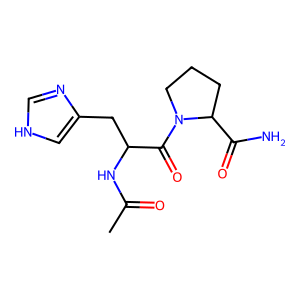
SMILES: CC(=O)NC(Cc1c[nH]cn1)C(=O)N1CCCC1C(N)=O
Inhibits HIV replication: No